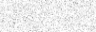
٣٩        ٤٠